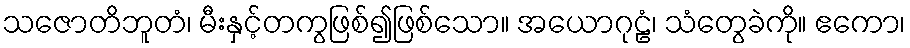
သဇောတိဘူတံ၊ မီးနှင့်တကွဖြစ်၍ဖြစ်သော။ အယောဂုဠံ၊ သံတွေခဲကို။ ဧကော၊